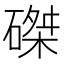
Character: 磔